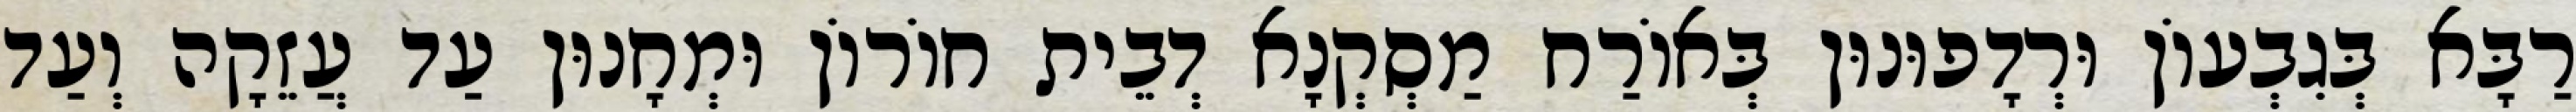
רַבָּא בְּגִבְעוֹן וּרְדָפוּנוּן בְּאוֹרַח מַסְקְנָא דְבֵית חוֹרוֹן וּמְחָנוּן עַד עֲזֵקָה וְעַד